Source: Computer-generated
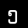
Digit: ၅ (5)